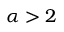
\alpha > 2